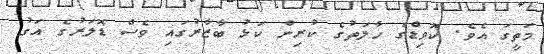
މަތީގަ އެވެ. ކޮވިޑްގެ ހާލަތުގެ ކުރިން ކަޅު ބާޒާރުގައި ވެސް ޑޮލަރުގެ އަގު